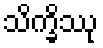
သိက္ခိဿု